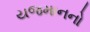
યજમાનનો